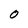
Character: 0